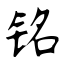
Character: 铭